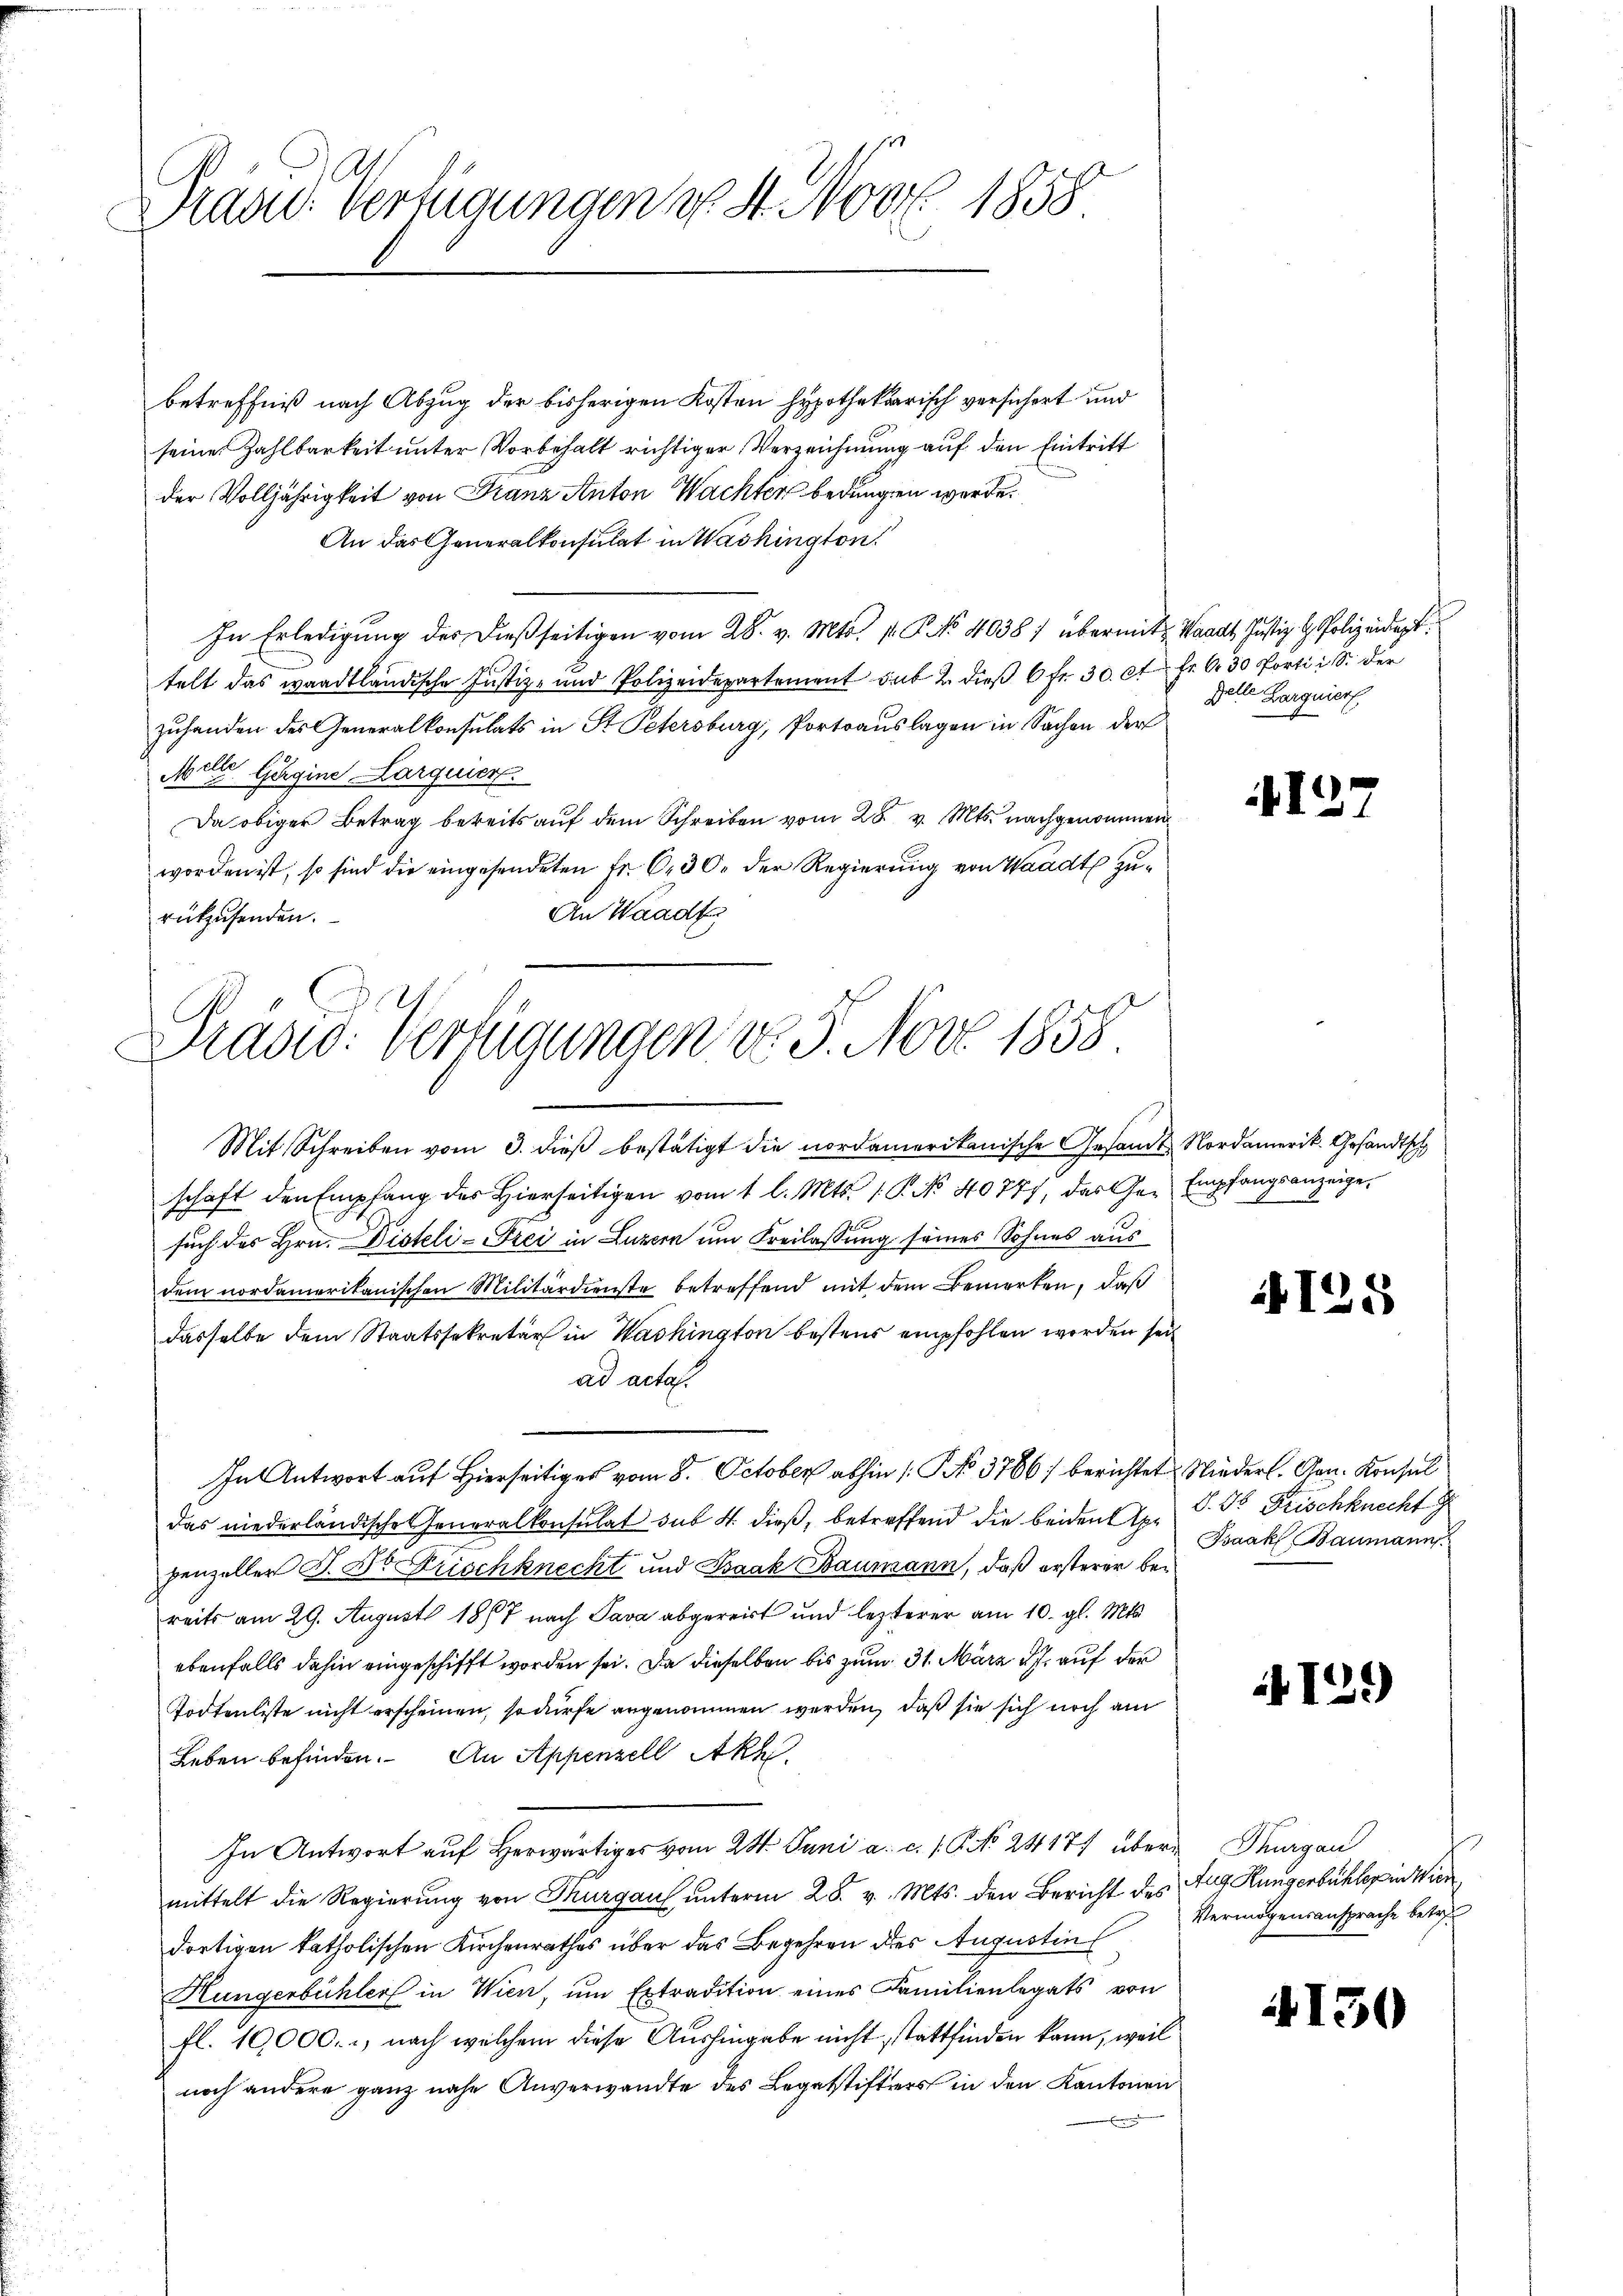
Präte: Verfügungen v. 4. Nov. 1858

betreffniß nach Abzug der bisherigen Kosten Hypothekarisch versichert und
seine Zahlbarkeit unter Vorbehalt richtiger Verzeichnung auf den Eintritt
der Volljährigkeit von Franz Anton Wachter bedungen werde.
An das Generalkonsulat in Washington
In Erledigung der dießseitigen vom 28. v. Mts. 1. P. No 4038) übermit Waadt, Justiz- & Polizeidigt.
telt das waadtländische Justiz- und Polizeidepartement sub 2. dieβ 6 fr. 30. c. fr. 630 Porti i S. der
zuhanden des Generalkonsulats in St. Petersburg, Portoauslagen in Sachen der
Mille Gagine Larguier
Da obiger Betrag bereits auf dem Schreiben vom 28. v. Mts. nachgenommen
worden ist, so sind die eingesendeten Fr. 6. 30. der Regierung von Waadt zu¬
An Waadt
rükzusenden.

Prädic. Verfügungen No. 3. Nov. 1858

Zelle Barguier

Mit Schreiben vom 3. dieβ bestätigt die nordamerikanische Gesandt Nordamerik. Gesandtsch
schaft den Empfang des hierseitigen vom 1 l. Mts. 1. P. No. 40777, das Ge- Empfangsanzeige,
such des Hrn. Disteli-Drei in Luzern um Freilassung seines Sohnes aus
dem nordamerikanischen Militärdienste betreffend mit dem Bemerken, daß
dasselbe dem Staatssekretär in Washington bestens empfohlen worden sei
ad acta.
In Antwort auf Hierseitiges vom 8. October abhin /: NNo. 3766/ berichtet Niederl. Gen. Konsul
das niederländische Generalkonsulat sub. 4. dieß, betreffend die beiden Ex. P. Dr Frischknecht g
penzeller J. Dr Frischknecht und Isaak Baumann, daß ersterer bereits am 29. August 1867 nach Pava abgereist und lezterer am 10. gl. Mts.
ebenfalls dahin eingeschifft worden sei. Da dieselben bis zum 31. März 17. auf der
Todtenliste nicht erscheinen, so dürfe angenommen werden, daß sie sich noch am
Leben befinden. An Appenzell Ak
In Antwort auf herwärtiges vom 24. Juni a. c. s. S. No 24171 über Magen
mittelt die Regierung von Thurgau unterm 28. v. Mts. den Bericht des Aug Hungenbühler in Wien
dortigen katholischen Kirchenrathes über das Begehren des Augustins
Hungenbüchler in Wien, um Extradition eines Familienlegats von
fl. 10,000., nach welchem diese Aushingabe nicht stattfinden kann, weil
noch andere ganz nahe Anverwandte des Legatstifters in den Kantonen

12

125

Isaak Baumann

12.)

Vermögensansprache betret

4150